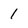
Character: 1